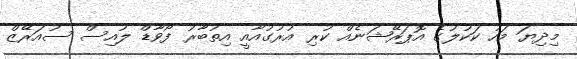
މިދިޔަ މަހު ކަކުލުގެ އޮޕަރޭޝަނެއް ކުރި އުރުގުއާއީ އިތުބާރު ފޯވާޑް ލުއިސް ސުއަރޭޒް